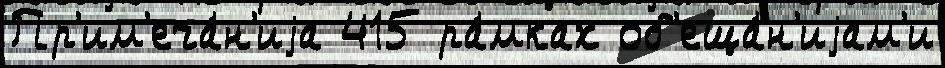
Пр'им'еча́н'иjа 415 ра́мках об'еща́н'иjам'и